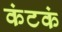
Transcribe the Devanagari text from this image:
कंटकं